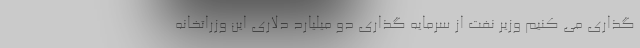
گذاری می کنیم وزیر نفت از سرمایه گذاری دو میلیارد دلاری این وزراتخانه